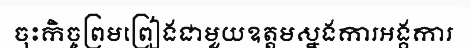
ចុះកិច្ចព្រមព្រៀងជាមួយឧត្តមស្នងការអង្គការ